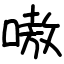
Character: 嗷